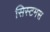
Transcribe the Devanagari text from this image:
सिस्टमस